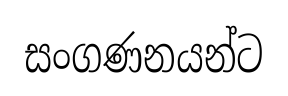
සංගණනයන්ට